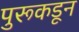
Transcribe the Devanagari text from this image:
पुरूकडून